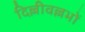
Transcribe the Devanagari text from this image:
दिल्लीवल्लभों